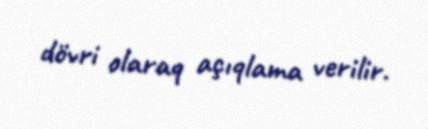
dövri olaraq açıqlama verilir.